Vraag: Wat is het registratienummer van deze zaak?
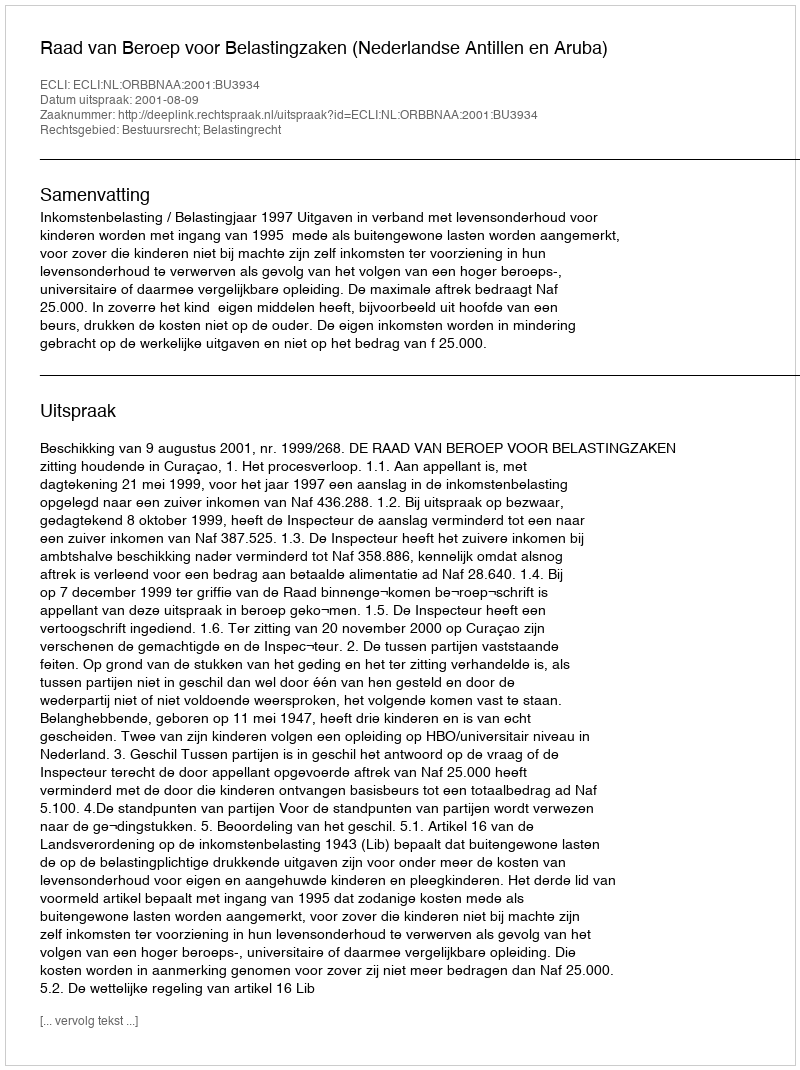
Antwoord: http://deeplink.rechtspraak.nl/uitspraak?id=ECLI:NL:ORBBNAA:2001:BU3934